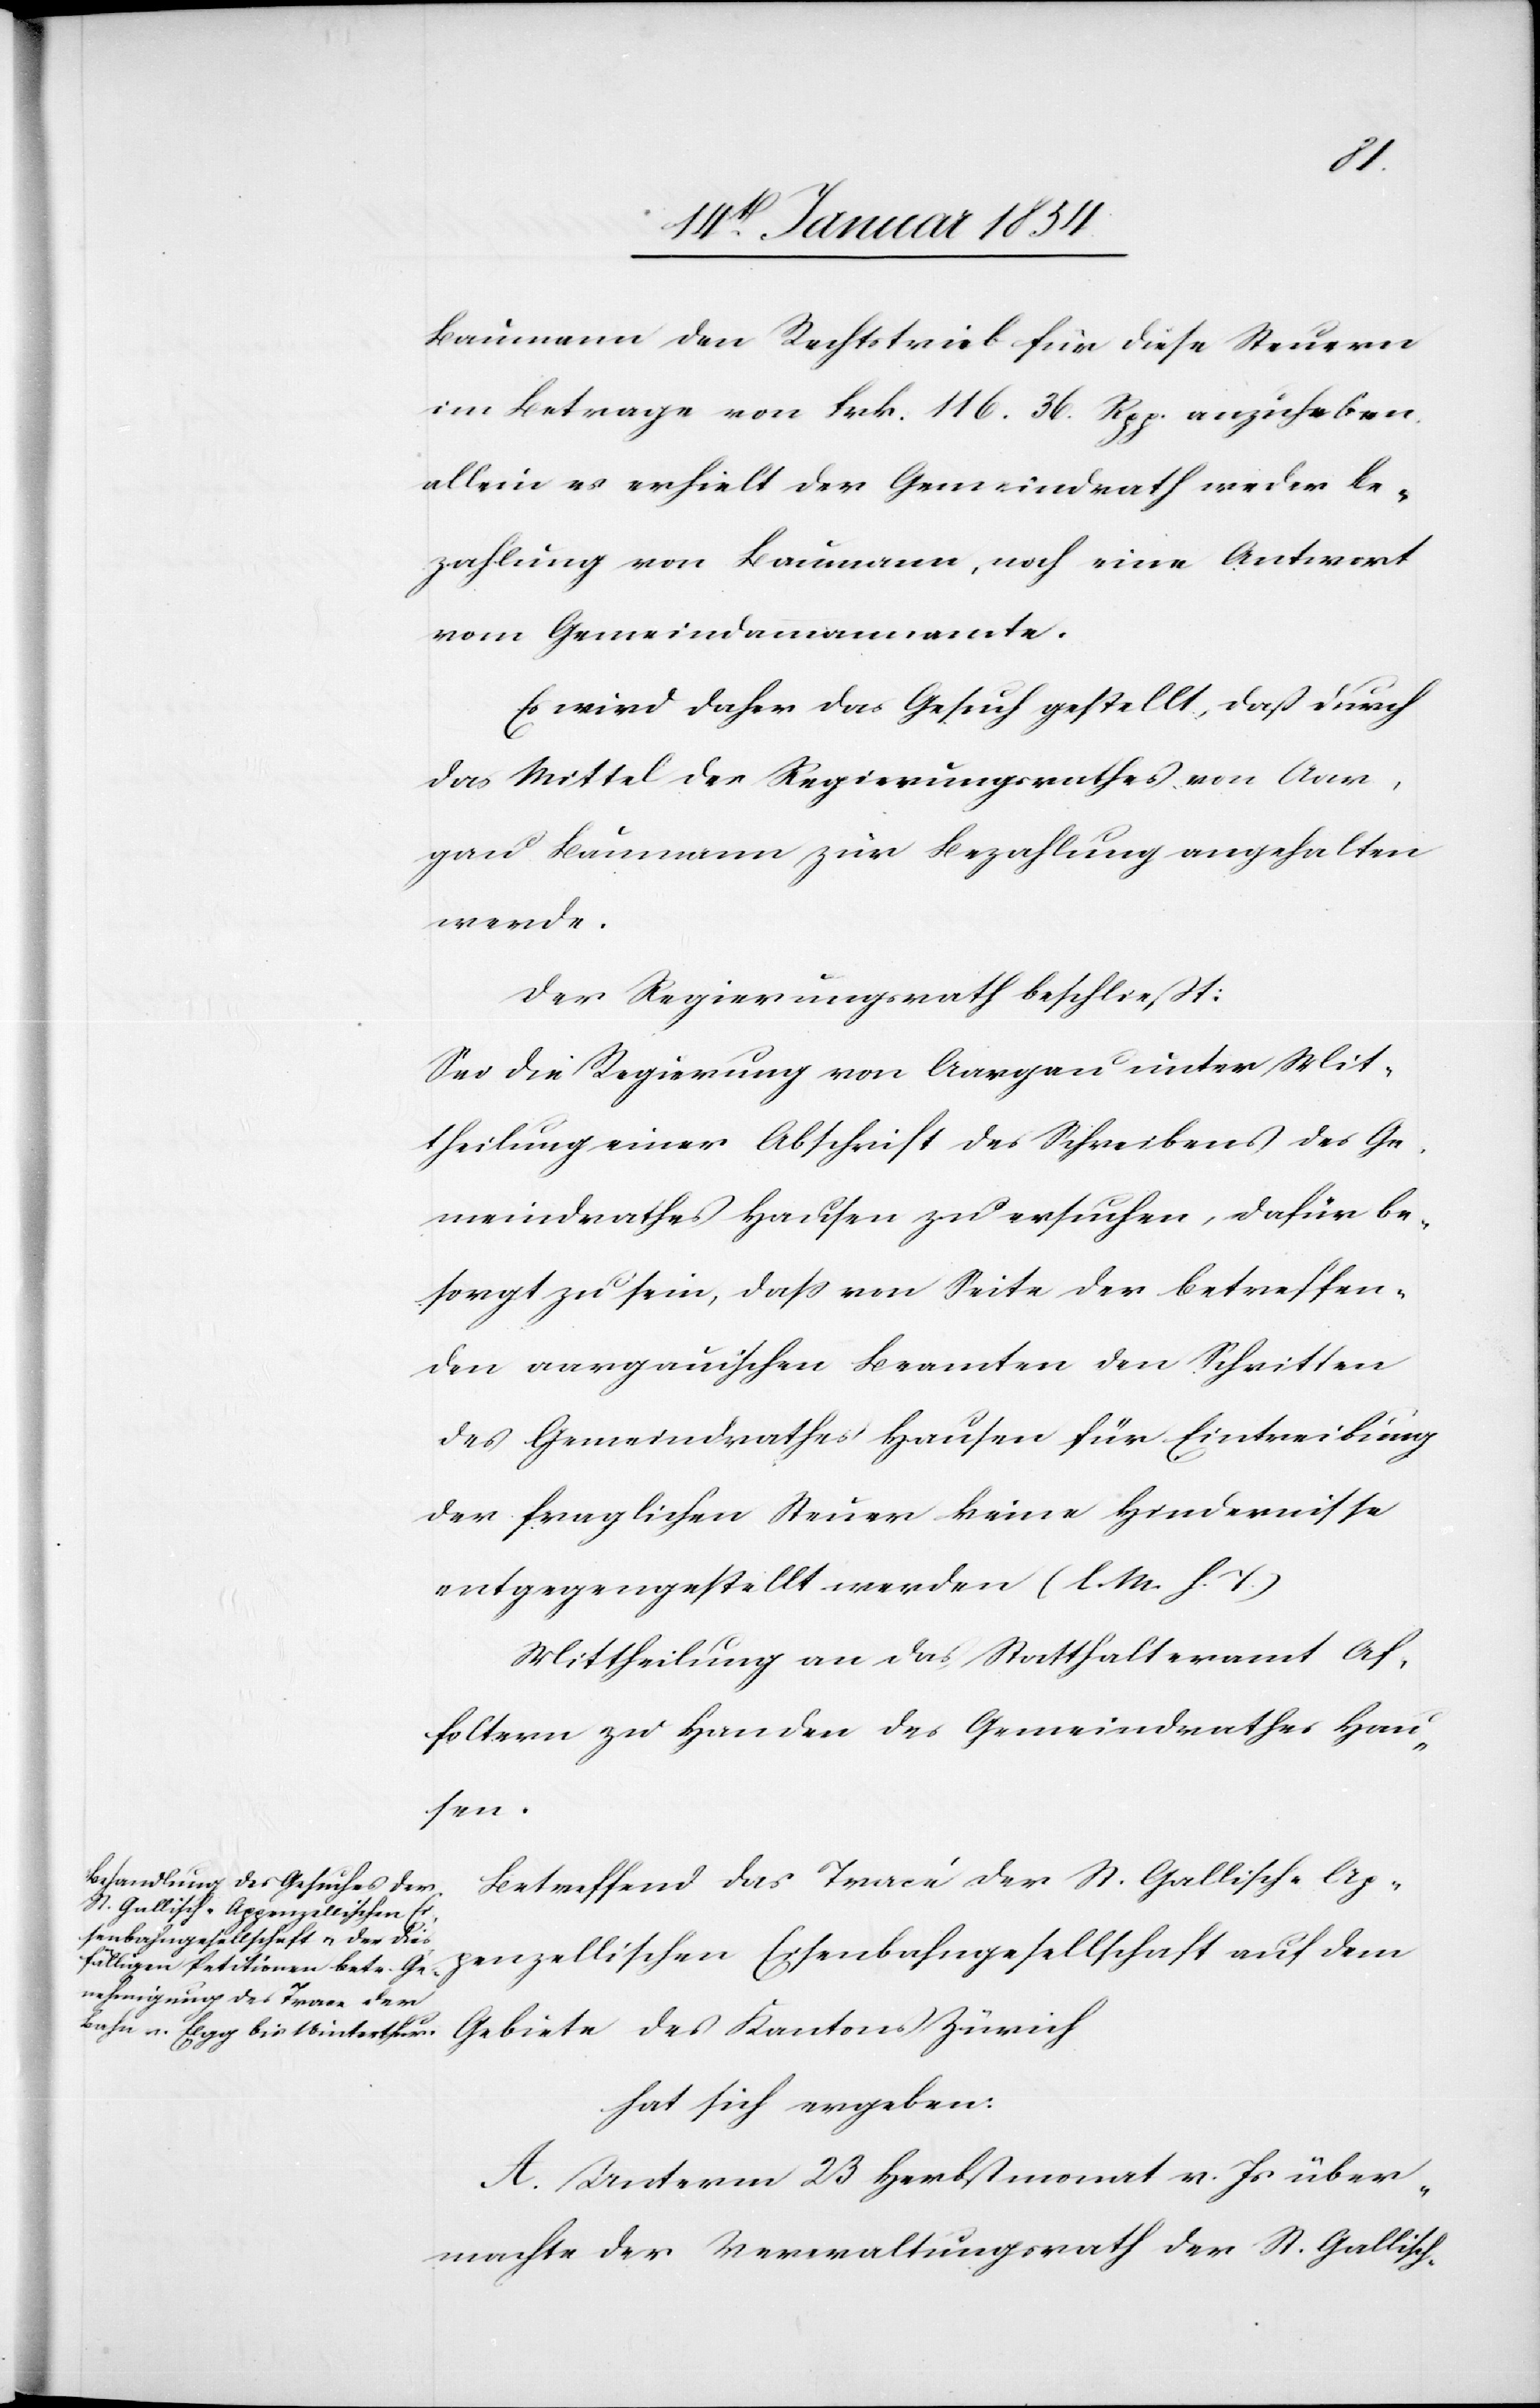
Baumann den Rechtstrieb für diese Steuern
im Betrage von Frk. 116. 36. Rpp. anzuheben.
allein es erhielt der Gemeindrath weder Be¬
zahlung von Baumann, noch eine Antwort
vom Gemeindammannamte.
Es wird daher das Gesuch gestellt, daß durch
das Mittel des Regierungsrathes von Aar¬
gau Baumann zur Bezahlung angehalten
werde.
Der Regierungsrath beschließt:
Sei die Regierung von Aargau unter Mit¬
theilung einer Abschrift des Schreibens des Ge¬
meindrathes Hausen zu ersuchen, dafür be¬
sorgt zu sein, daß von Seite der betreffen¬
den aargauischen Beamten den Schritten
des Gemeindrathes Hausen für Eintreibung
der fraglichen Steuer keine Hindernisse
entgegengestellt werden (l. M. h. T.)
Mittheilung an das Statthalteramt Af¬
foltern zu Handen des Gemeindrathes Hau¬
sen.
Betreffend das Tracé der St. Gallisch-Ap¬
penzellischen Eisenbahngesellschaft auf dem
Gebiete des Kantons Zürich
hat sich ergeben:
A. Unterm 23 Herbstmonat v. Js über¬
machte der Verwaltungsrath der St. Gallisch-